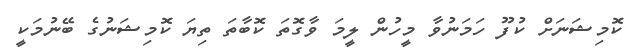
ކޮމިޝަނަށް ކުފޫ ހަމަނުވާ މީހުން ލީމަ ވާގޮތަ ކޮބާތަ ތިޔަ ކޮމިޝަނުގެ ބޭނުމަކީ